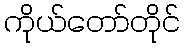
ကိုယ်တော်တိုင်